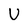
Character: U